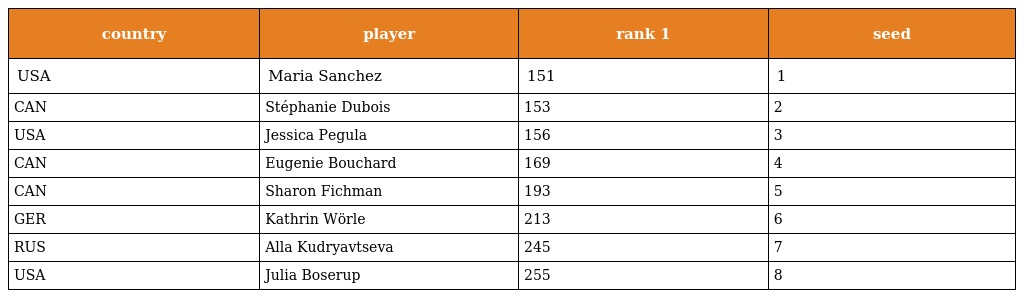
| country | player | rank 1 | seed |
 | --- | --- | --- | --- |
 | USA | Maria Sanchez | 151 | 1 |
 | CAN | Stéphanie Dubois | 153 | 2 |
 | USA | Jessica Pegula | 156 | 3 |
 | CAN | Eugenie Bouchard | 169 | 4 |
 | CAN | Sharon Fichman | 193 | 5 |
 | GER | Kathrin Wörle | 213 | 6 |
 | RUS | Alla Kudryavtseva | 245 | 7 |
 | USA | Julia Boserup | 255 | 8 |